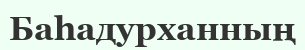
Баһадурханның